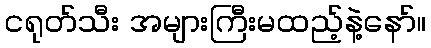
ငရုတ်သီး အများကြီးမထည့်နဲ့နော်။